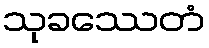
သုခဿေတံ